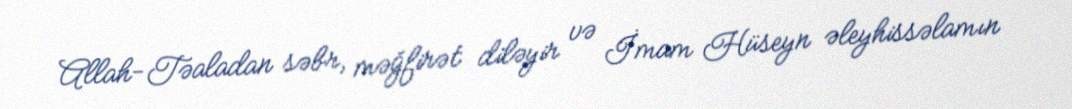
Allah-Təaladan səbr, məğfirət diləyir və İmam Hüseyn əleyhissəlamın